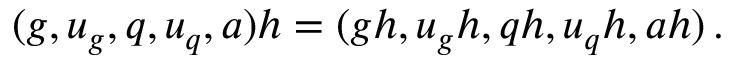
\begin{array} { r } { ( g , u _ { g } , q , u _ { q } , a ) h = ( g h , u _ { g } h , q h , u _ { q } h , a h ) \, . } \end{array}